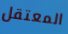
المعتقل